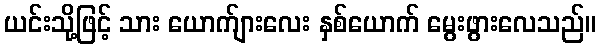
ယင်းသို့ဖြင့် သား ယောက်ျားလေး နှစ်ယောက် မွေးဖွားလေသည်။